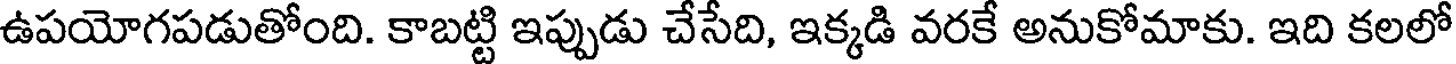
ఉపయోగపడుతోంది. కాబట్టి ఇప్పుడు చేసేది, ఇక్కడి వరకే అనుకోమాకు. ఇది కలలో